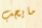
مايجب